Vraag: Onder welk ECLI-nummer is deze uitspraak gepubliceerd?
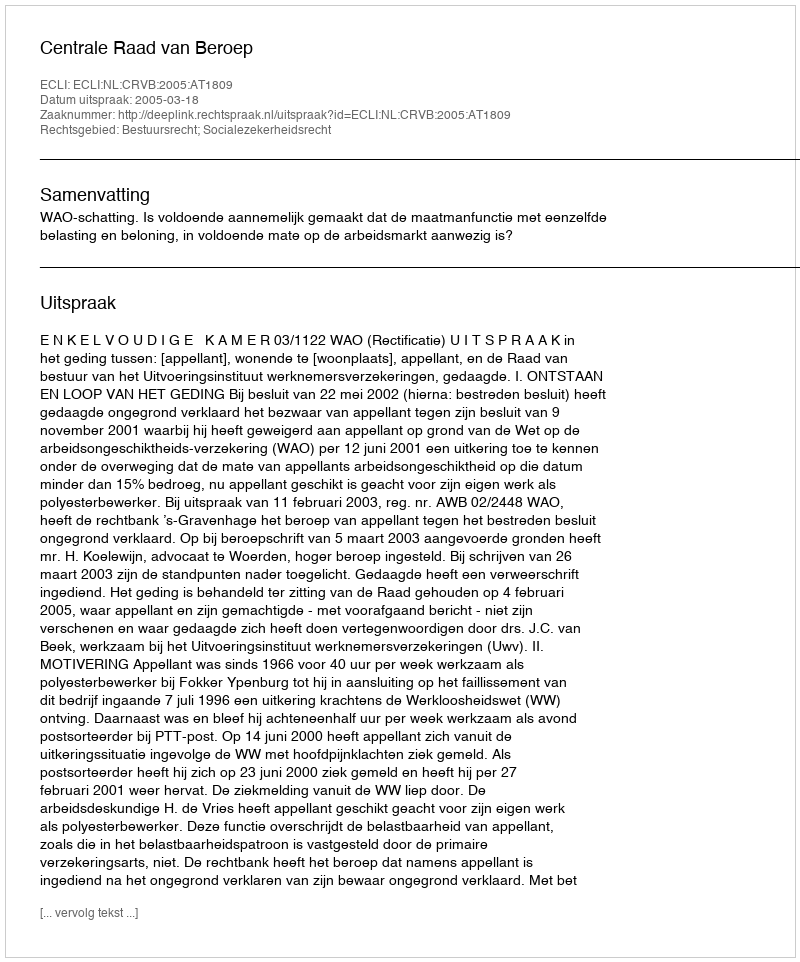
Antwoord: ECLI:NL:CRVB:2005:AT1809